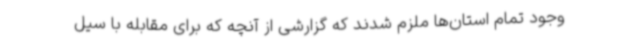
وجود تمام استان‌ها ملزم شدند که گزارشی از آنچه که برای مقابله با سیل